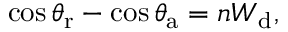
\cos \theta _ { \mathrm { { r } } } - \cos \theta _ { \mathrm { { a } } } = n W _ { \mathrm { { d } } } ,